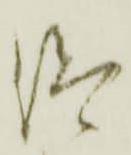
仰